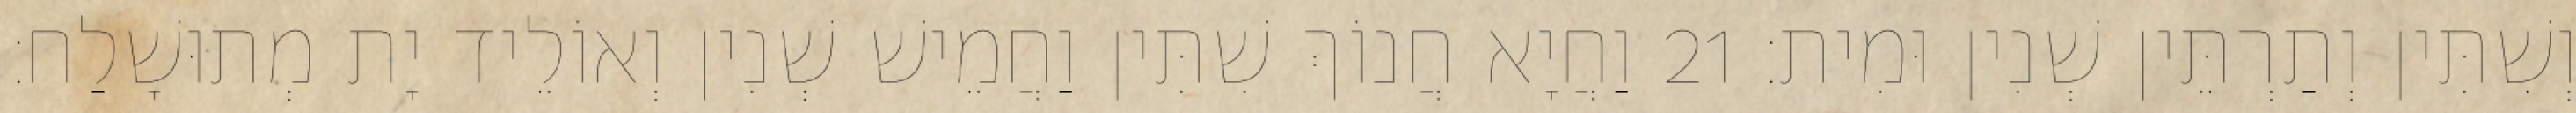
וְשִׁתִּין וְתַרְתֵּין שְׁנִין וּמִית׃ 21 וַחֲיָא חֲנוֹךְ שִׁתִּין וַחֲמֵישׁ שְׁנִין וְאוֹלֵיד יָת מְתוּשָׁלַח׃